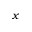
x